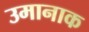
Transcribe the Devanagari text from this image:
उमानाक